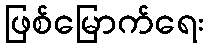
ဖြစ်မြောက်ရေး